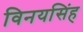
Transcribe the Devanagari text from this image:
विनयसिंह